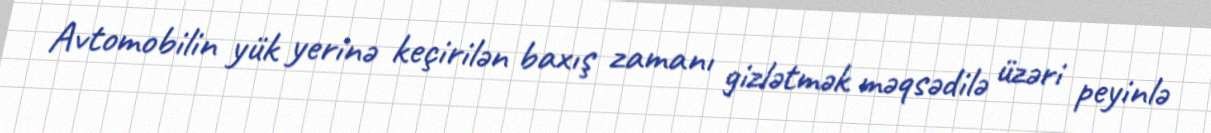
Avtomobilin yük yerinə keçirilən baxış zamanı gizlətmək məqsədilə üzəri peyinlə